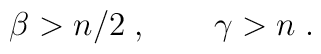
\beta>n/2\;, \qquad \gamma > n\;.